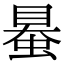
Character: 𧌪